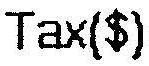
TAX($)